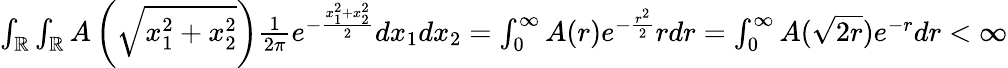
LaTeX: \begin{array}{r}{\int_{\mathbb{R}}\int_{\mathbb{R}}A\left(\sqrt{x_{1}^{2}+x_{2}^{2}}\right)\frac{1}{2\pi}e^{-\frac{x_{1}^{2}+x_{2}^{2}}{2}}dx_{1}dx_{2}=\int_{0}^{\infty}A(r)e^{-\frac{r^{2}}{2}}rdr=\int_{0}^{\infty}A(\sqrt{2r})e^{-r}dr<\infty}\end{array}